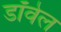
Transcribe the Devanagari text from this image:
डॉवेल